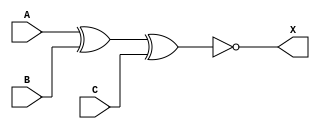
module sky130_fd_sc_hdll__xnor3_5 (
    X,
    A,
    B,
    C
);
    output X;
    input  A;
    input  B;
    input  C;
    wire xnor0_out_X;
    xnor xnor0 (xnor0_out_X, A, B, C        );
    buf  buf0  (X          , xnor0_out_X    );
endmodule